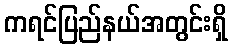
ကရင်ပြည်နယ်အတွင်းရှိ